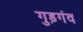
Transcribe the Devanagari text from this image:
गुड़गंव